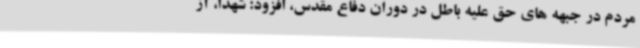
مردم در جبهه های حق علیه باطل در دوران دفاع مقدس، افزود: شهدا، آز